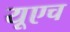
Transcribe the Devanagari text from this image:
यूएच